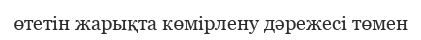
өтетін жарықта көмірлену дәрежесі төмен